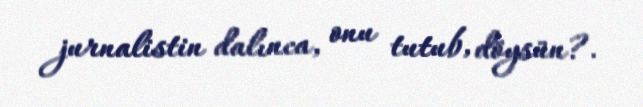
jurnalistin dalınca, onu tutub, döysün?.